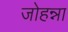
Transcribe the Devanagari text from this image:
जोहन्ना